38_143685_box7_Incident_Summaries_1-100
Agency: Department of War
Page 143
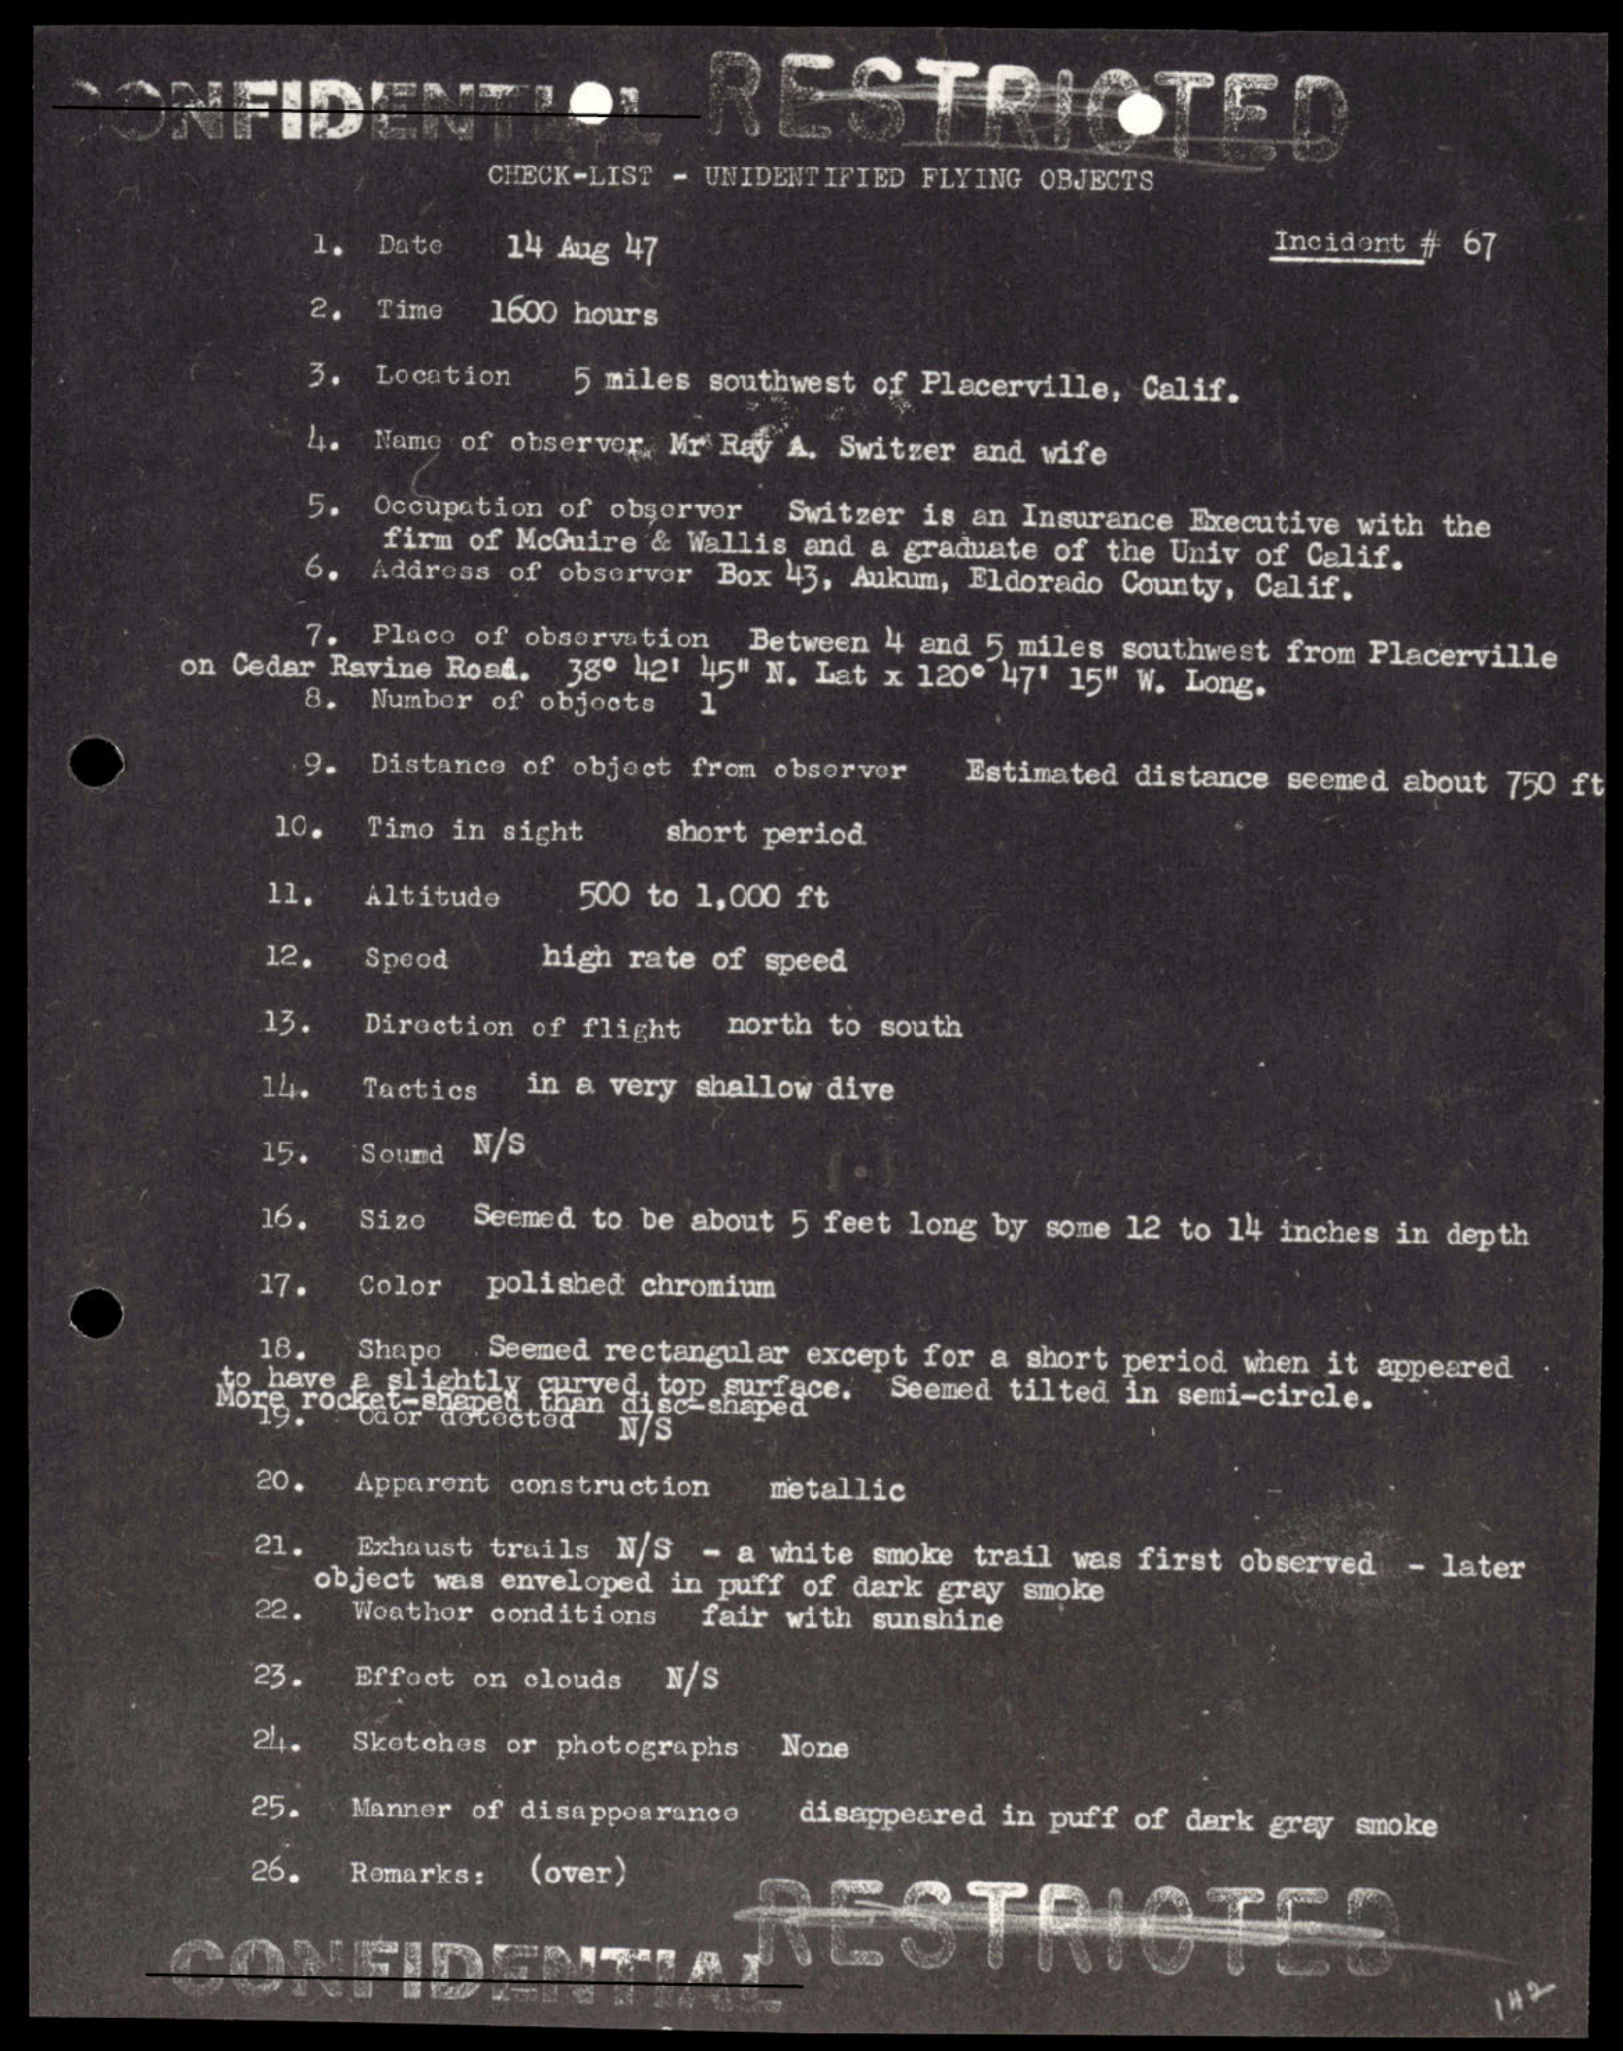